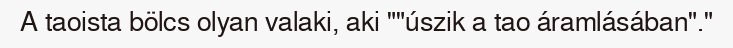
A taoista bölcs olyan valaki, aki ""úszik a tao áramlásában"."